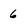
Character: 6